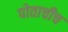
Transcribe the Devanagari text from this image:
पोताचीच